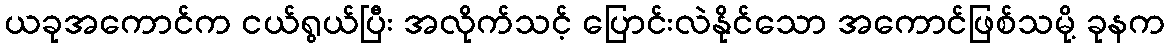
ယခုအကောင်က ငယ်ရွယ်ပြီး အလိုက်သင့် ပြောင်းလဲနိုင်သော အကောင်ဖြစ်သမို့ ခုနက